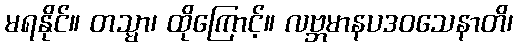
မရနိုင်။ တသ္မာ၊ ထိုကြောင့်။ လဗ္ဘမာနပဒဝသေနာတိ၊